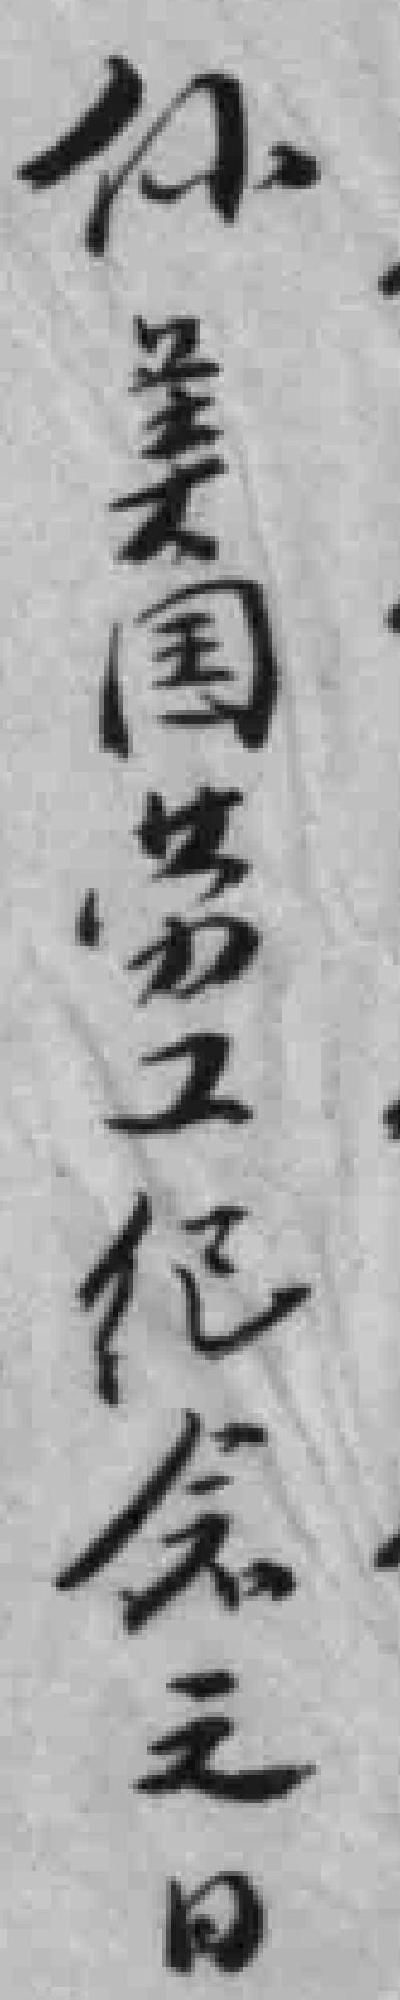
係美国劳工纪念之日